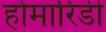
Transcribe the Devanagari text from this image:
होमारिडी